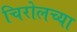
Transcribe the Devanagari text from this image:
चिरोलच्या